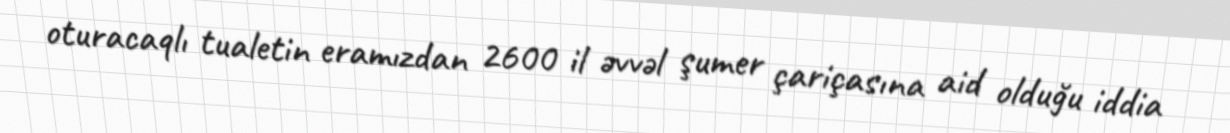
oturacaqlı tualetin eramızdan 2600 il əvvəl şumer çariçasına aid olduğu iddia